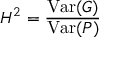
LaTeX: H ^ { 2 } = { \frac { \mathrm { V a r } ( G ) } { \mathrm { V a r } ( P ) } }